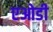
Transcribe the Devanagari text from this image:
एओडी